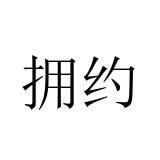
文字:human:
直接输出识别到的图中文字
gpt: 拥约